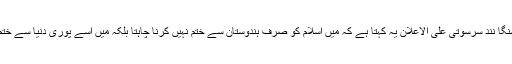
اس میں یتی نرسنگا نند سرسوتی علی الاعلان یہ کہتا ہے کہ میں اسلام کو صرف ہندوستان سے ختم نہیں کرنا چاہتا بلکہ میں اسے پوری دنیا سے ختم کرنا چاہتا ہوں۔